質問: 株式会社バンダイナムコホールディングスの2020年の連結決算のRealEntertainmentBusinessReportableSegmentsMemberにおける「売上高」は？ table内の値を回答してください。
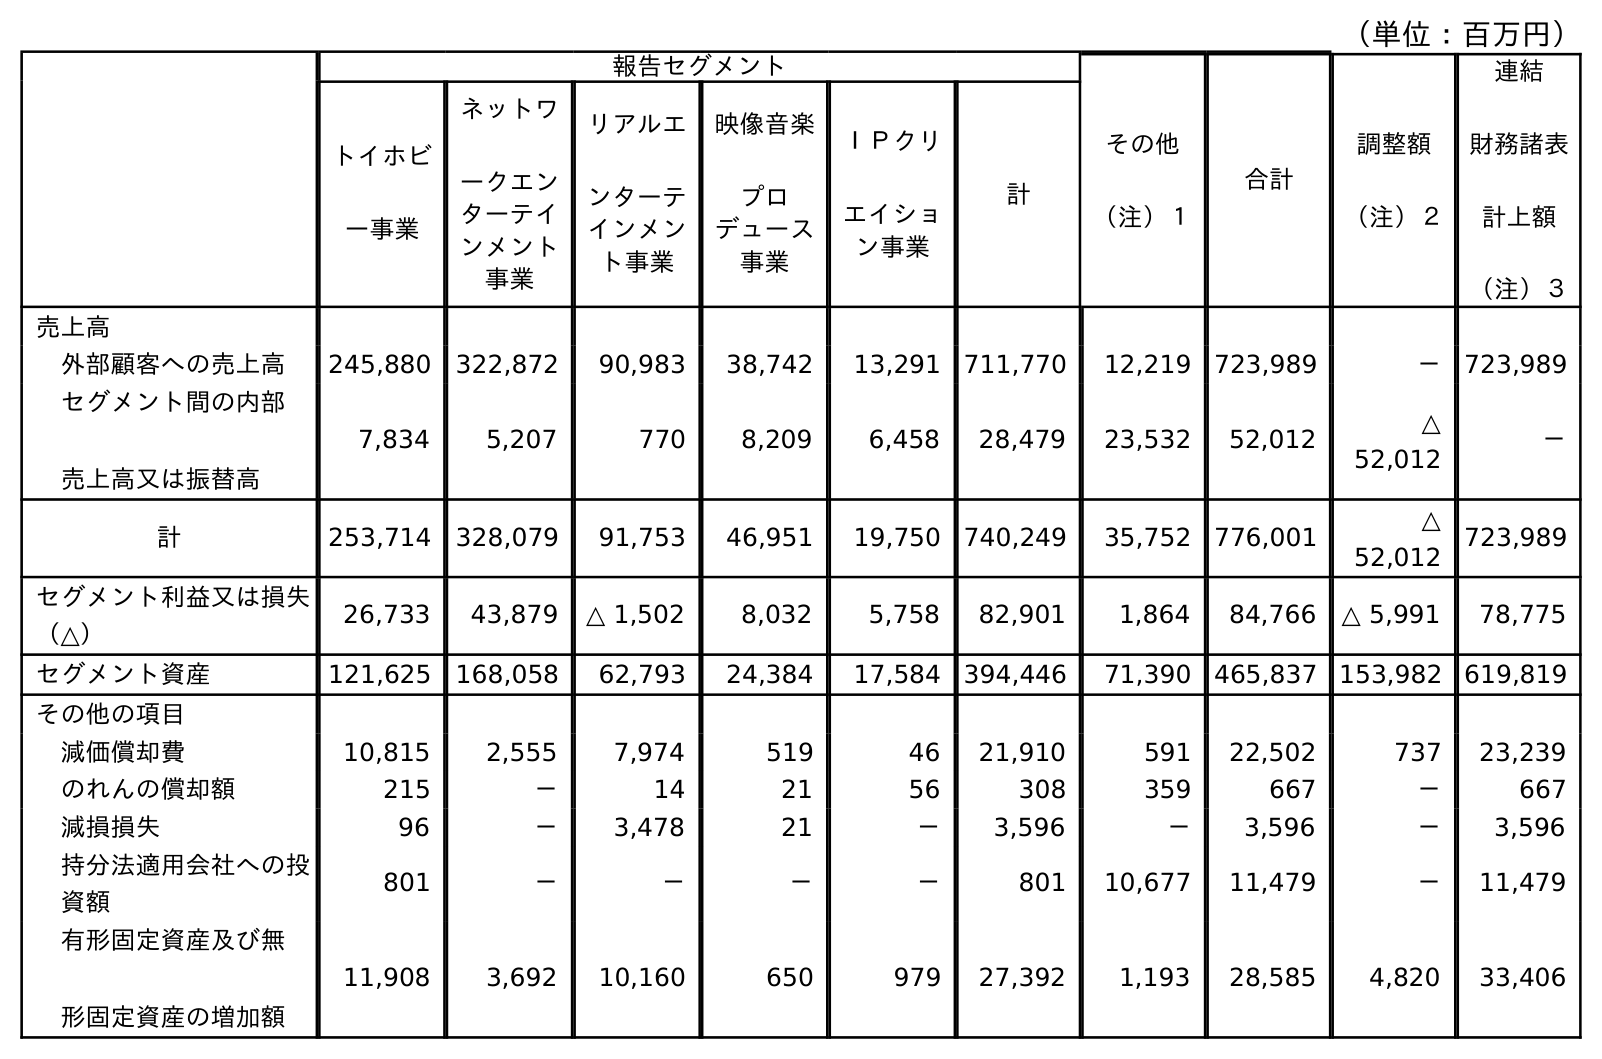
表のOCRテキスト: （単位：百万円） 報告セグメント その他 （注）１ 合計 調整額 （注）２ 連結 財務諸表 計上額 （注）３ トイホビ ー事業 ネットワ ークエン ターテイ ンメント 事業 リアルエ ンターテ インメン ト事業 映像音楽 プロ デュース 事業 ＩＰクリ エイショ ン事業 計 売上高 外部顧客への売上高 245,880 322,872 90,983 38,742 13,291 711,770 12,219 723,989 － 723,989 セグメント間の内部 売上高又は振替高 7,834 5,207 770 8,209 6,458 28,479 23,532 52,012 △ 52,012 － 計 253,714 328,079 91,753 46,951 19,750 740,249 35,752 776,001 △ 52,012 723,989 セグメント利益又は損失 （△） 26,733 43,879 △ 1,502 8,032 5,758 82,901 1,864 84,766 △ 5,991 78,775 セグメント資産 121,625 168,058 62,793 24,384 17,584 394,446 71,390 465,837 153,982 619,819 その他の項目 減価償却費 10,815 2,555 7,974 519 46 21,910 591 22,502 737 23,239 のれんの償却額 215 － 14 21 56 308 359 667 － 667 減損損失 96 － 3,478 21 － 3,596 － 3,596 － 3,596 持分法適用会社への投 資額 801 － － － － 801 10,677 11,479 － 11,479 有形固定資産及び無 形固定資産の増加額 11,908 3,692 10,160 650 979 27,392 1,193 28,585 4,820 33,406
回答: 91,753